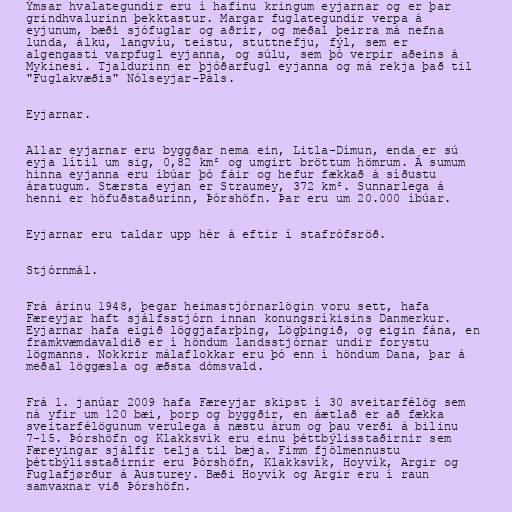
Ýmsar hvalategundir eru í hafinu kringum eyjarnar og er þar
grindhvalurinn þekktastur. Margar fuglategundir verpa á
eyjunum, bæði sjófuglar og aðrir, og meðal þeirra má nefna
lunda, álku, langvíu, teistu, stuttnefju, fýl, sem er
algengasti varpfugl eyjanna, og súlu, sem þó verpir aðeins á
Mykinesi. Tjaldurinn er þjóðarfugl eyjanna og má rekja það til
"Fuglakvæðis" Nólseyjar-Páls.

Eyjarnar.

Allar eyjarnar eru byggðar nema ein, Litla-Dímun, enda er sú
eyja lítil um sig, 0,82 km² og umgirt bröttum hömrum. Á sumum
hinna eyjanna eru íbúar þó fáir og hefur fækkað á síðustu
áratugum. Stærsta eyjan er Straumey, 372 km². Sunnarlega á
henni er höfuðstaðurinn, Þórshöfn. Þar eru um 20.000 íbúar.

Eyjarnar eru taldar upp hér á eftir í stafrófsröð.

Stjórnmál.

Frá árinu 1948, þegar heimastjórnarlögin voru sett, hafa
Færeyjar haft sjálfsstjórn innan konungsríkisins Danmerkur.
Eyjarnar hafa eigið löggjafarþing, Lögþingið, og eigin fána, en
framkvæmdavaldið er í höndum landsstjórnar undir forystu
lögmanns. Nokkrir málaflokkar eru þó enn í höndum Dana, þar á
meðal löggæsla og æðsta dómsvald.

Frá 1. janúar 2009 hafa Færeyjar skipst í 30 sveitarfélög sem
ná yfir um 120 bæi, þorp og byggðir, en áætlað er að fækka
sveitarfélögunum verulega á næstu árum og þau verði á bilinu
7-15. Þórshöfn og Klakksvík eru einu þéttbýlisstaðirnir sem
Færeyingar sjálfir telja til bæja. Fimm fjölmennustu
þéttbýlisstaðirnir eru Þórshöfn, Klakksvík, Hoyvík, Argir og
Fuglafjørður á Austurey. Bæði Hoyvík og Argir eru í raun
samvaxnar við Þórshöfn.